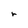
Character: r